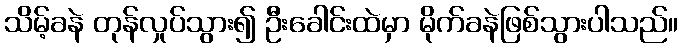
သိမ့်ခနဲ တုန်လှုပ်သွား၍ ဦးခေါင်းထဲမှာ မိုက်ခနဲဖြစ်သွားပါသည်။